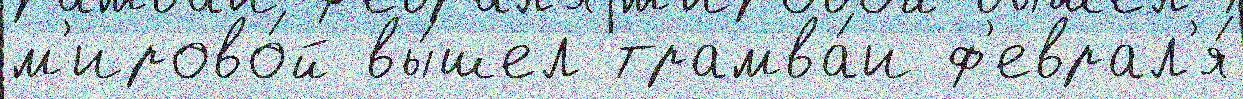
м'ирово́й вы́шел трамва́и ф'еврал'я́